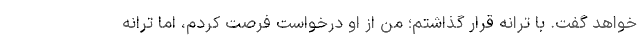
خواهد گفت. با ترانه قرار گذاشتم؛ من از او درخواست فرصت کردم، اما ترانه